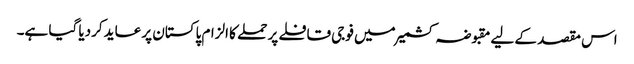
اس مقصد کے لیے مقبوضہ کشمیر میں فوجی قافلے پر حملے کا الزام پاکستان پر عاید کردیا گیا ہے۔